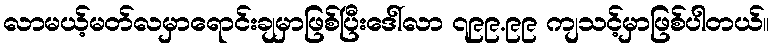
လာမယ့်မတ်လမှာရောင်းချမှာဖြစ်ပြီးဒေါ်လာ ၇၉၉.၉၉ ကျသင့်မှာဖြစ်ပါတယ်။